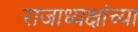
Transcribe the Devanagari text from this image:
राजाध्यक्षांच्या